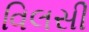
વિલસી